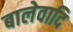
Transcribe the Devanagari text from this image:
बालेवादि